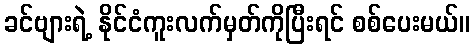
ခင်ဗျားရဲ့ နိုင်ငံကူးလက်မှတ်ကိုပြီးရင် စစ်ပေးမယ်။